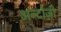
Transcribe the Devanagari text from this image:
अन्दोज़ी